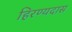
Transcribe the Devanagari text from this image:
हिरण्यदास